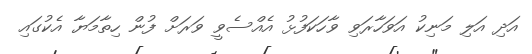
އަދި އަލި މަނިކު އަވަހާރަވި ވާހަކަފުޅު އެއްސެވީ ވަރަށް ފުން ހިތާމަޔާ އެކުގައި